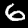
Label: 6